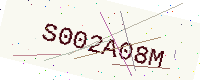
Text: S002A08M